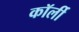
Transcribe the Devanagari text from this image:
कॉर्ली